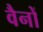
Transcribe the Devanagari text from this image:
वैनों